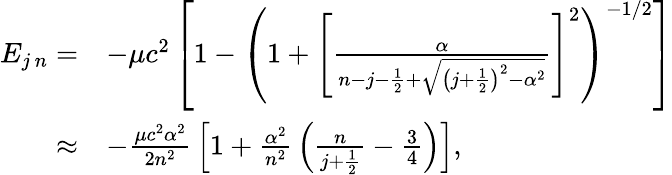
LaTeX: {\begin{array}{rl}{E_{j\, n}=}&{-\mu c^{2}\left[1-\left(1+\left[{\frac{\alpha}{n-j-{\frac{1}{2}}+{\sqrt{\left(j+{\frac{1}{2}}\right)^{2}-\alpha^{2}}}}}\right]^{2}\right)^{-1/2}\right]}\\ {\approx}&{-{\frac{\mu c^{2}\alpha^{2}}{2n^{2}}}\left[1+{\frac{\alpha^{2}}{n^{2}}}\left({\frac{n}{j+{\frac{1}{2}}}}-{\frac{3}{4}}\right)\right],}\end{array}}